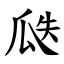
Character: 瓞